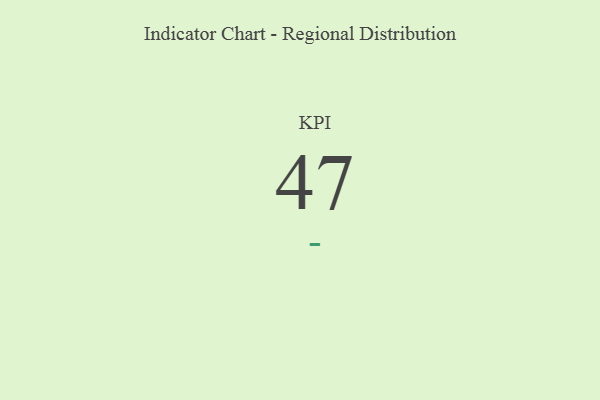
{"axis": {"x": "KPI", "y": "Value"}, "legend": [""], "data": [{"x": "KPI", "y": 47, "type": ""}]}